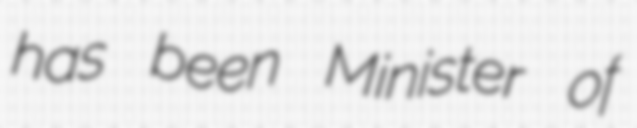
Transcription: has been Minister of